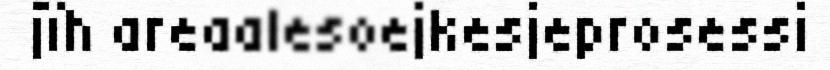
jïh areaalesoejkesjeprosessi